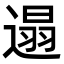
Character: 遢